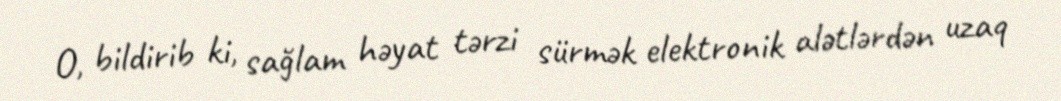
O, bildirib ki, sağlam həyat tərzi sürmək elektronik alətlərdən uzaq